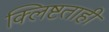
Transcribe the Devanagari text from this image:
क्लिष्टताही